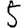
Digit: 5